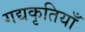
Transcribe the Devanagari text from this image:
गद्यकृतियाँ